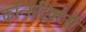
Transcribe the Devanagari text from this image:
कॉन्सट्रिक्टर्स